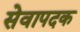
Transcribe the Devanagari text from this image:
सेवापदक